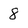
Character: 8